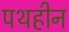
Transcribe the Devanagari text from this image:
पथहीन